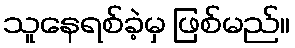
သူနေရစ်ခဲ့မှ ဖြစ်မည်။